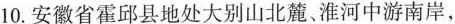
10.安徽省霍邱县地处大别山北麓、淮河中游南岸，